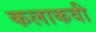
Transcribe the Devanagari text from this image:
कलाकवी